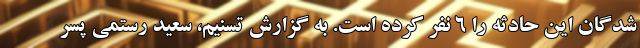
شدگان این حادثه را 6 نفر کرده است. به گزارش تسنیم، سعید رستمی پسر